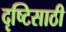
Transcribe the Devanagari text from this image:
दृष्टिसाठी